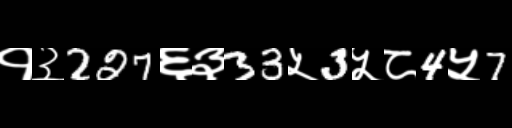
Text: १३227६३33५3५८4५7